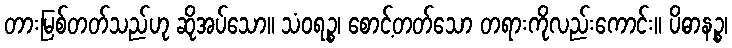
တားမြစ်တတ်သည်ဟု ဆိုအပ်သော။ သံဝရဉ္စ၊ စောင့်တတ်သော တရားကိုလည်းကောင်း။ ပိဓာနဉ္စ၊